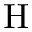
\mathrm { H }